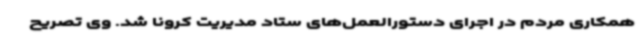
همکاری مردم در اجرای دستورالعمل‌های ستاد مدیریت کرونا شد. وی تصریح